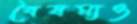
বৈষম্যও